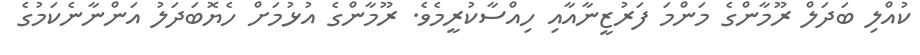
ކުއްލި ބަދަލް ރޫމާންގެ މަންމަ ފަރުޒީނާއާއި ހިއްސާކުރީމެވެ. ރޫމާންގެ އުޅުމަށް ހެޔޮބަދަލު އަންނާނެކަމުގެ